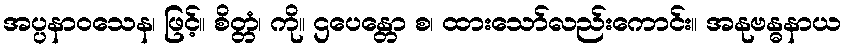
အပ္ပနာဝသေန၊ ဖြင့်။ စိတ္တံ၊ ကို။ ဌပေန္တော စ၊ ထားသော်လည်းကောင်း။ အနုဗန္ဓနာယ